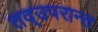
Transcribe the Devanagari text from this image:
तद्उपरान्त